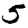
Digit: 5